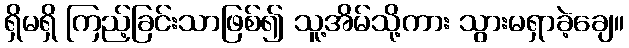
ရှိမရှိ ကြည့်ခြင်းသာဖြစ်၍ သူ့အိမ်သို့ကား သွားမရှာခဲ့ချေ။